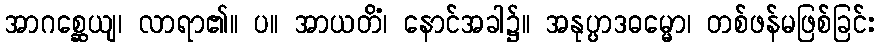
အာဂစ္ဆေယျ၊ လာရာ၏။ ပ။ အာယတိံ၊ နောင်အခါ၌။ အနုပ္ပာဒဓမ္မော၊ တစ်ဖန်မဖြစ်ခြင်း